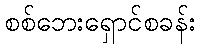
စစ်ဘေးရှောင်စခန်း